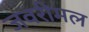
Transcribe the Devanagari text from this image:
जवरीमल